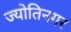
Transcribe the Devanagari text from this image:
ज्योतिनगर